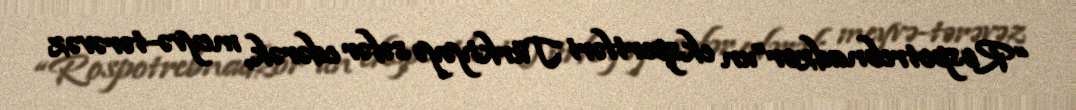
“Rospotrebnadzor”un ekspertləri Türkiyəyə səfər edərək, meyvə-tərəvəz